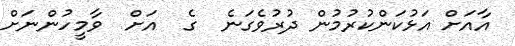
އާއަށް އަޅުކަންކުރުމުން ދުރުވެގަނެ  ގެ  އަށް  ވާމީހުންނަށް